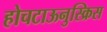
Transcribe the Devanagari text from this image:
होचटाऊनुस्क्रिस